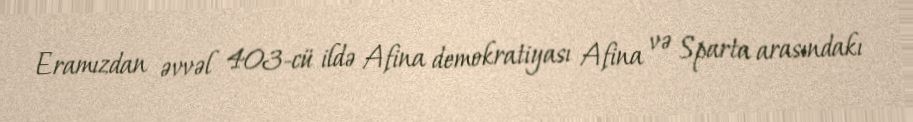
Eramızdan əvvəl 403-cü ildə Afina demokratiyası Afina və Sparta arasındakı